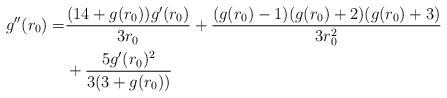
LaTeX: \begin{align*}\begin{aligned}g''(r_0)=&\frac{(14+g(r_0))g'(r_0)}{3r_0}+\frac{(g(r_0)-1)(g(r_0)+2)(g(r_0)+3)}{3r_0^2}\\&+\frac{5g'(r_0)^2}{3(3+g(r_0))} \end{aligned}\end{align*}